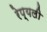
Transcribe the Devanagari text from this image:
रेप्यली